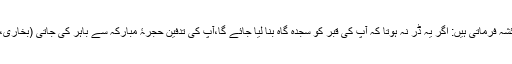
حضرت عائشہ فرماتی ہیں: اگر یہ ڈر نہ ہوتا کہ آپ کی قبر کو سجدہ گاہ بنا لیا جائے گا،آپ کی تدفین حجرۂ مبارکہ سے باہر کی جاتی (بخاری، رقم ۴۴۴۱۔